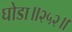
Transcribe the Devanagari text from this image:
घोडा॥२५२॥